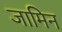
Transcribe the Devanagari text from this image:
जामिन